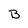
Character: B